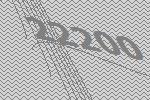
22200